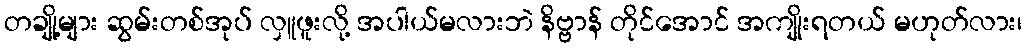
တချို့များ ဆွမ်းတစ်အုပ် လှူဖူးလို့ အပါယ်မလားဘဲ နိဗ္ဗာန် တိုင်အောင် အကျိုးရတယ် မဟုတ်လား၊